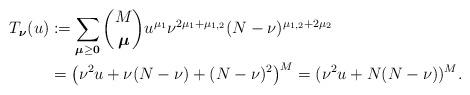
LaTeX: \begin{align*}T_{\boldsymbol\nu}(u)&:=\sum_{\boldsymbol\mu\ge\bold 0}\binom{M}{\boldsymbol\mu}u^{\mu_1}\nu^{2\mu_1+\mu_{1,2}}(N-\nu)^{\mu_{1,2}+2\mu_2}\\&=\bigl(\nu^2 u+\nu(N-\nu)+(N-\nu)^2\bigr)^M=(\nu^2u+N(N-\nu))^M.\end{align*}